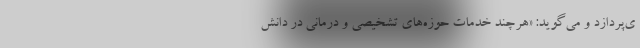
ی‌پردازد و می‌گوید: «هرچند خدمات حوزه‌های تشخیصی و درمانی در دانش